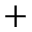
+